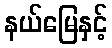
နယ်မြေနှင့်